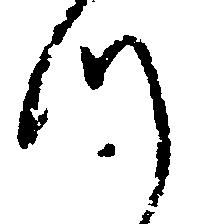
つ